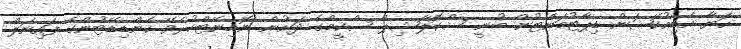
ހަޔާ އެޑިއުކޭޝަން ޑިޕާޓުމަންޓުން ބުނީ ސްކޮލާޝިޕް ސްކީމްގެ ދަށުން ނޮމިނޭޓްކުރެވޭ ކެންޑިޑޭޓުންގެ ފައިނަލް